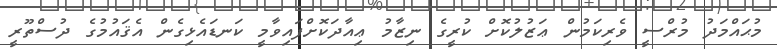
މުޙައްމަދު މުރްސީ ވެރިކަމުން ޢަޒުލުކޮށް ކުރީގެ ނިޒާމު ޢިއާދަކޮށްފައިވާމީ ކަނޑައެޅިގެން އެޤައުމުގެ ދުސްތޫރީ